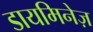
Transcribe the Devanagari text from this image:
डायमिनेज़